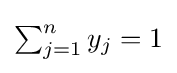
{\textstyle \sum _{j=1}^{n}y_{j}=1}